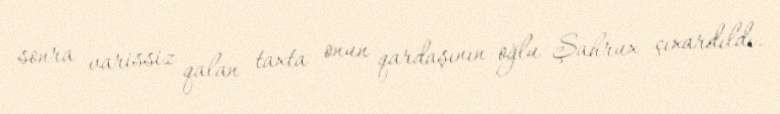
sonra varissiz qalan taxta onun qardaşının oğlu Şahrux çıxardıldı.